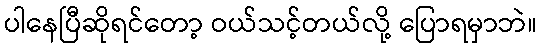
ပါနေပြီဆိုရင်တော့ ဝယ်သင့်တယ်လို့ ပြောရမှာဘဲ။